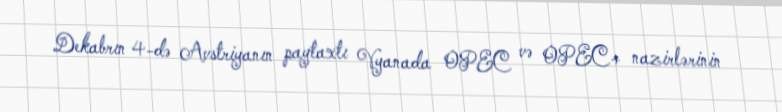
Dekabrın 4-də Avstriyanın paytaxtı Vyanada OPEC və OPEC+ nazirlərinin